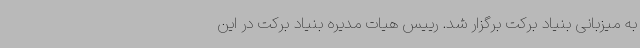
به میزبانی بنیاد برکت برگزار شد. رییس هیات مدیره بنیاد برکت در این